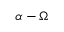
\alpha - \Omega